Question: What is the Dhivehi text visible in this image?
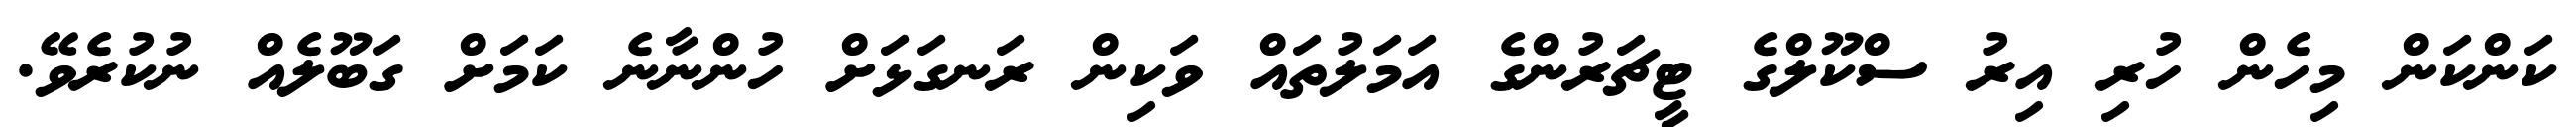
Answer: ކަންކަން މިހެން ހުރި އިރު ސްކޫލްގެ ޓީޗަރުންގެ އަމަލުތައް ވަކިން ރަނގަޅަށް ހުންނާނެ ކަމަށް ގަބޫލެއް ނުކުރެވޭ.